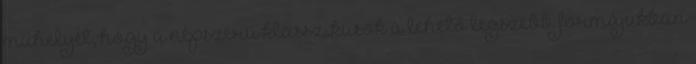
műhelyét, hogy a népszerű klasszikusok a lehető legszebb formájukban